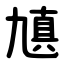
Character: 㐤